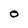
Character: 0